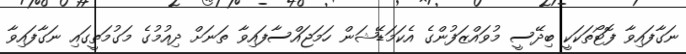
ނަގާފައިވާ ފޮޓޯތަކަކީ ބިދޭސީ މުވައްޒަފުންގެ އެކަމަޑޭޝަން ހަމަޖައްސާފައިވާ ތަނަށް ދިއުމުގެ މަގުމަތީގައި ނަގާފައިވާ